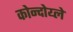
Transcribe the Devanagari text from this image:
कोन्दोय्ले